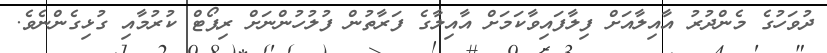
ދުވަހުގެ މެންދުރު އާއިލާއަށް ފިލާފައިވާކަމަށް އާއިލާގެ ފަރާތުުން ފުލުހުންނަށް ރިޕޯޓް ކުރުމާއި ގުޅިގެންނެވެ.